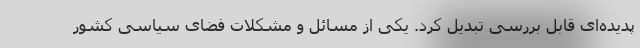
پدیده‌ای قابل بررسی تبدیل کرد. یکی از مسائل و مشکلات فضای سیاسی کشور